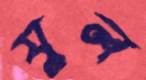
যুল